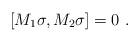
LaTeX: \begin{align*}\lbrack M_{1}\sigma,M_{2}\sigma]=0\,\,. \end{align*}